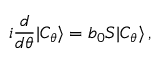
i { \frac { d } { d \theta } } | C _ { \theta } \rangle = b _ { 0 } S | C _ { \theta } \rangle \, ,